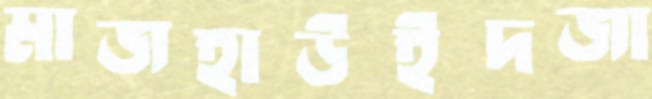
মাজহাউইদজা